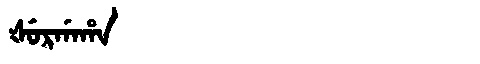
Manchu: ᡧᡠᡵᡤᠠᡥᠠ
Romanization: ŠURGAHA